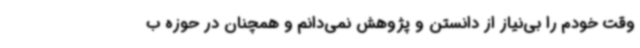
وقت خودم را بی‌نیاز از دانستن و پژوهش نمی‌دانم و همچنان در حوزه ب